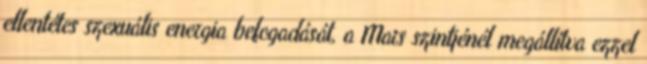
ellentétes szexuális energia befogadását, a Mars szintjénél megállítva ezzel